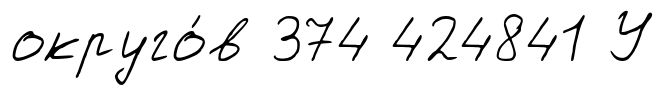
округо́в 374 424841 У